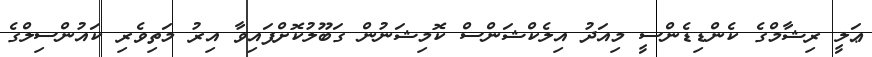
ޢަލީ ރިޝާމްގެ ކެންޑިޑެންސީ މިއަދު އިލެކްޝަންސް ކޮމިޝަނުން ގަބޫލުކޮށްފައިވާ އިރު މަތިވެރި ކައުންސިލްގެ